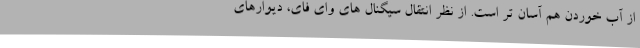
از آب خوردن هم آسان تر است. از نظر انتقال سیگنال های وای فای، دیوارهای